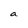
Character: a